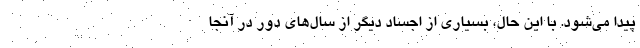
پیدا می‌شود. با این حال، بسیاری از اجساد دیگر از سال‌های دور در آنجا